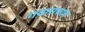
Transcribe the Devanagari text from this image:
गवताचाच